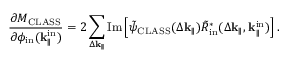
\frac { \partial M _ { \mathrm { C L A S S } } } { \partial \phi _ { \mathrm { i n } } ( \mathbf { k } _ { \parallel } ^ { \mathrm { i n } } ) } = 2 \sum _ { \Delta \mathbf { k } _ { \parallel } } \mathrm { I m } \left[ \Tilde { \psi } _ { \mathrm { C L A S S } } ( \Delta \mathbf { k } _ { \parallel } ) \Tilde { R } _ { \mathrm { i n } } ^ { \ast } ( \Delta \mathbf { k } _ { \parallel } , \mathbf { k } _ { \parallel } ^ { \mathrm { i n } } ) \right] .